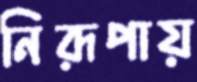
নিরূপায়